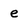
Character: e